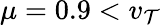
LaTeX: \mu=0.9<v_{\mathcal{T}}